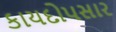
કાયદોપસાર